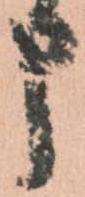
申